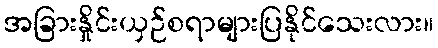
အခြားနှိုင်းယှဉ်စရာများပြနိုင်သေးလား။